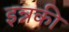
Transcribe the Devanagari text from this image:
इन्नकी